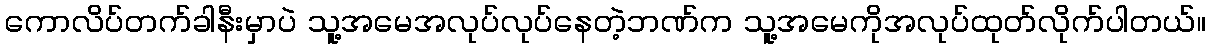
ကောလိပ်တက်ခါနီးမှာပဲ သူ့အမေအလုပ်လုပ်နေတဲ့ဘဏ်က သူ့အမေကိုအလုပ်ထုတ်လိုက်ပါတယ်။